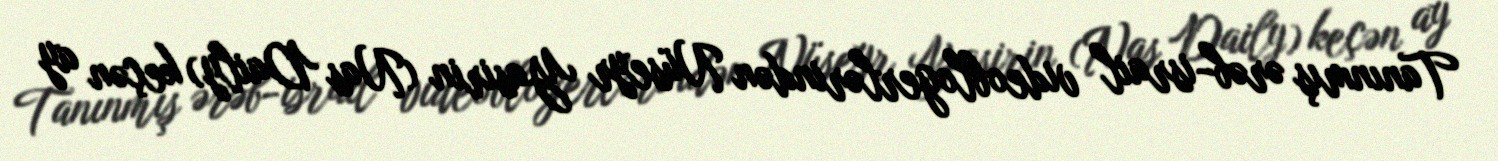
Tanınmış ərəb-israil videoblogerlərindən Nüseyr Yasirin (Nas Daily) keçən ay